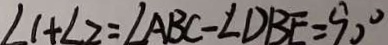
\angle 1 + \angle 2 = \angle A B C - \angle D B E = 9 0 ^ { \circ }